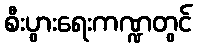
စီးပွားရေးကဏ္ဍတွင်